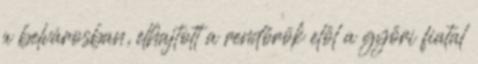
a belvárosban, elhajtott a rendőrök elől a győri fiatal